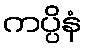
ကပ္ပိနံ